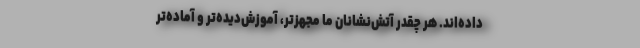
داده‌اند. هر چقدر آتش‌نشانان ما مجهزتر، آموزش‌دیده‌تر و آماده‌تر